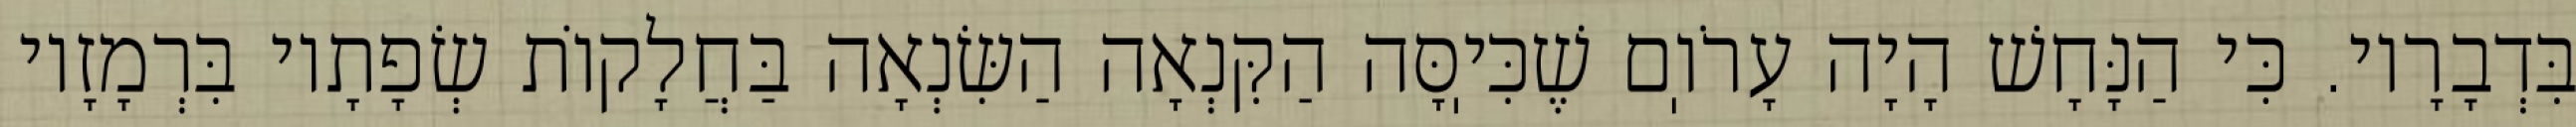
בִּדְבָרָיו. כִּי הַנָּחָשׁ הָיָה עָרֹוֽם שֶׁכִּיֽסָּה הַקִּנְאָה הַשִּׂנְאָה בַּחֲלָקוֹת שְׂפָתָיו בִּרְמָזָיו